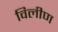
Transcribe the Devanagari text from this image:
विलीण